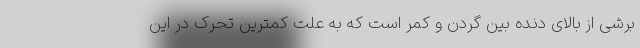
برشی از بالای دنده بین گردن و کمر است که به علت کمترین تحرک در این